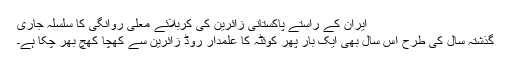
ایران کے راستے پاکستانی زائرین کی کربلائے معلی روانگی کا سلسلہ جاری
گذشتہ سال کی طرح اس سال بھی ایک بار پھر کوئٹہ کا علمدار روڈ زائرین سے کھچا کھچ بھر چکا ہے۔